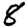
Digit: 8